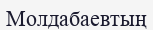
Молдабаевтың